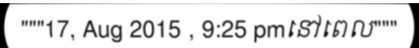
"""17, Aug 2015 , 9:25 pmនៅពេល"""